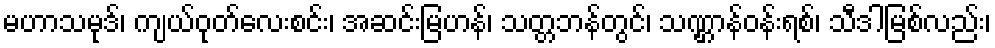
မဟာသမုဒ်၊ ကျယ်ဝုတ်လေးစင်း၊ အဆင်းမြဟန်၊ သတ္တဘန်တွင်၊ သဏ္ဌာန်ဝန်းရစ်၊ သီဒါမြစ်လည်း၊